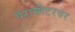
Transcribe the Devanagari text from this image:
पॅरामीटरवर